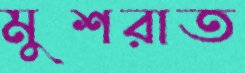
মুশরাত